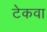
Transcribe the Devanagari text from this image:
टेकवा